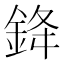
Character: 𨦟